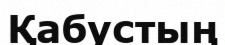
Қабустың